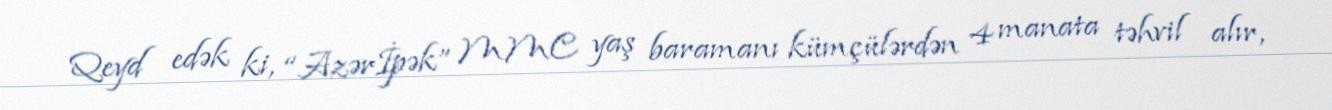
Qeyd edək ki, “Azərİpək” MMC yaş baramanı kümçülərdən 4 manata təhvil alır,